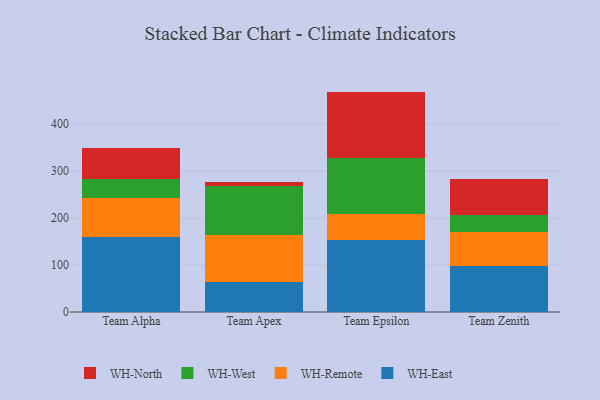
{"axis": {"x": "Team", "y": "Budget (USD K)"}, "legend": ["WH-East", "WH-North", "WH-Remote", "WH-West"], "data": [{"x": "Team Alpha", "y": 159.9, "type": "WH-East"}, {"x": "Team Alpha", "y": 81.8, "type": "WH-Remote"}, {"x": "Team Alpha", "y": 40.6, "type": "WH-West"}, {"x": "Team Alpha", "y": 67.0, "type": "WH-North"}, {"x": "Team Apex", "y": 63.9, "type": "WH-East"}, {"x": "Team Apex", "y": 99.7, "type": "WH-Remote"}, {"x": "Team Apex", "y": 103.8, "type": "WH-West"}, {"x": "Team Apex", "y": 9.8, "type": "WH-North"}, {"x": "Team Epsilon", "y": 152.2, "type": "WH-East"}, {"x": "Team Epsilon", "y": 57.0, "type": "WH-Remote"}, {"x": "Team Epsilon", "y": 117.9, "type": "WH-West"}, {"x": "Team Epsilon", "y": 141.8, "type": "WH-North"}, {"x": "Team Zenith", "y": 97.5, "type": "WH-East"}, {"x": "Team Zenith", "y": 73.1, "type": "WH-Remote"}, {"x": "Team Zenith", "y": 34.9, "type": "WH-West"}, {"x": "Team Zenith", "y": 77.1, "type": "WH-North"}]}